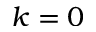
k = 0